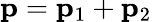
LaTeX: {\mathbf p}={\mathbf p}_{1}+{\mathbf p}_{2}